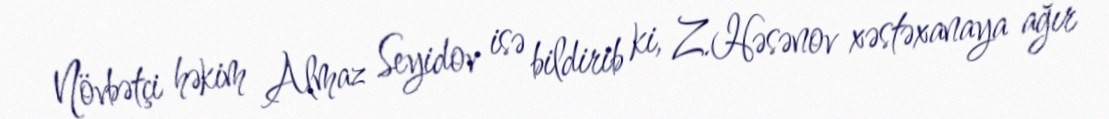
Növbətçi həkim Almaz Seyidov isə bildirib ki, Z.Həsənov xəstəxanaya ağır